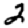
Digit: 2